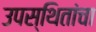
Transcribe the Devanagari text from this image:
उपस्थितांचा